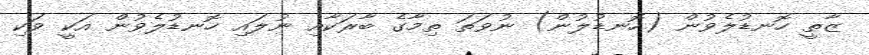
ޒާތީ ހޮނޑުލެވުން (ހޮނޑުލުން) ނުވަތަ ތިމާގެ ބާރަކާއި ނުލައި ހޮނޑުލެވުން އަކީ ވަކި